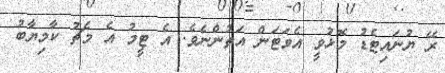
ރޭ ޔުނައިޓެޑު މޮޅުވީ އެވަޓަން އަތުންނެވެ. އެ ޓީމު އެ މެޗު ކާމިޔާބު